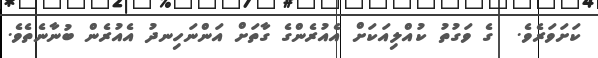
ކަށަވަރެވެ.  ގެ ވަގުތު ކުއްލިއަކަށް އެއުރެންގެ ގާތަށް އަންނަހިނދު އެއުރެން ބުނާނެތެވެ.